Civil Veterinary Department Bihar reports 1936-40 - 1936-1940
Year: 1936
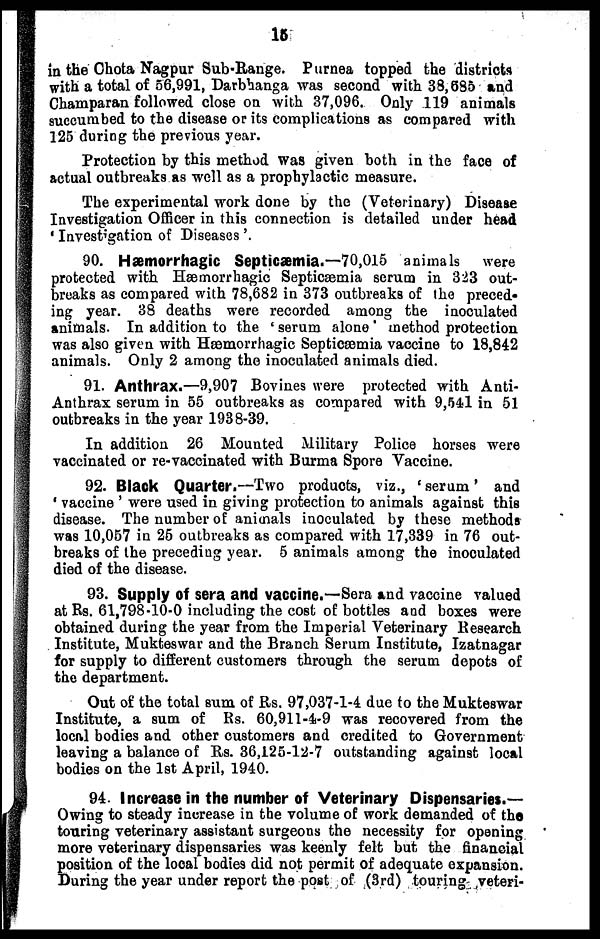
15
in the Ohota Nagpur Sub-Range. Purnea topped the districts
with a total of 56,991, Darbhanga was second with 38,695 and
Champaran followed close on with 37,096. Only 119 animals
succumbed to the disease or its complications as compared with
125 during the previous year.
Protection by this method was given both in the face of
actual outbreaks as well as a prophylactic measure.
The experimental work done by the (Veterinary) Disease
Investigation Officer in this connection is detailed under head
'Investigation of Diseases'.
90. Hæmorrhagic Septicæmia.—70,015 animals were
protected with Hæmorrhagic Septicæmia serum in 323 out-
breaks as compared with 78,682 in 373 outbreaks of the preced-
ing year. 38 deaths were recorded among the inoculated
animals. In addition to the 'serum alone' method protection
was also given with Hæmorrhagic Septicæmia vaccine to 18,842
animals. Only 2 among the inoculated animals died.
91. Anthrax.—9,907 Bovines were protected with Anti-
Anthrax serum in 55 outbreaks as compared with 9,541 in 51
outbreaks in the year 1938-39.
In addition 26 Mounted Military Police horses were
vaccinated or re-vaccinated with Burma Spore Vaccine.
92. Black Quarter.—Two products, viz., 'serum' and
'vaccine' were used in giving protection to animals against this
disease. The number of animals inoculated by these methods
was 10,057 in 25 outbreaks as compared with 17,339 in 76 out-
breaks of the preceding year. 5 animals among the inoculated
died of the disease.
93. Supply of sera and vaccine.—Sera and vaccine valued
at Rs. 61,798-10-0 including the cost of bottles and boxes were
obtained during the year from the Imperial Veterinary Research
Institute, Mukteswar and the Branch Serum Institute, Izatnagar
for supply to different customers through the serum depots of
the department.
Out of the total sum of Rs. 97,037-1-4 due to the Mukteswar
Institute, a sum of Rs. 60,911-4-9 was recovered from the
local bodies and other customers and credited to Government
leaving a balance of Rs. 36,125-12-7 outstanding against local
bodies on the 1st April, 1940.
94. Increase in the number of Veterinary Dispensaries.—
Owing to steady increase in the volume of work demanded of the
touring veterinary assistant surgeons the necessity for opening
more veterinary dispensaries was keenly felt but the financial
position of the local bodies did not permit of adequate expansion.
During the year under report the post of (3rd) touring veteri-